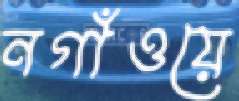
নগাঁওয়ে